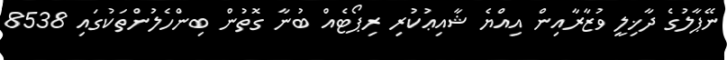
ނޭޕާލުގެ ދާޚިލީ ވުޒާރާއިން އިއްޔެ ޝާއިޢުކުރި ރިޕޯޓެއް ބުނާ ގޮތުން ބިންހެލުންތަކުގައި 8538